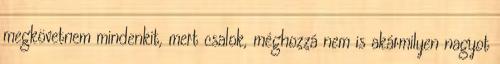
megkövetnem mindenkit, mert csalok, méghozzá nem is akármilyen nagyot